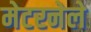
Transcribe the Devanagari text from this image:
मेटरनेले